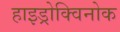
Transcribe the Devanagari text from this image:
हाइड्रोक्विनोक